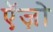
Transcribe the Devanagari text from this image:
ऍज़ो